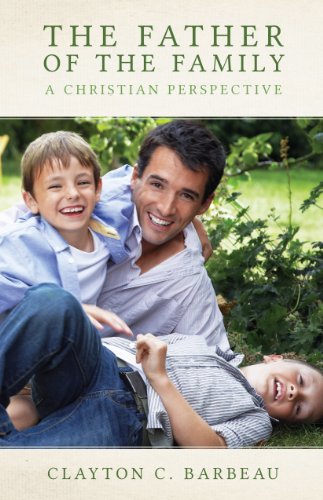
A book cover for The Father of the Family; Clayton Barbeau; Christian Books & Bibles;